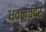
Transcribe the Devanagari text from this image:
धवलचंद्र